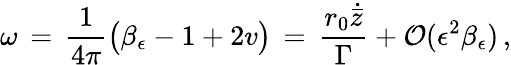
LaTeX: \omega\, =\, \frac{1}{4\pi}\bigl(\beta_{\epsilon}-1+2v\bigr)\, =\, \frac{r_{0}\dot{\bar{z}}}{\Gamma}+\mathcal{O}(\epsilon^{2}\beta_{\epsilon})\, ,